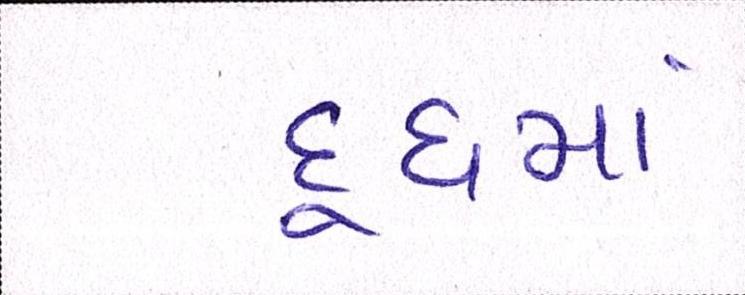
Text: દૂધમાં